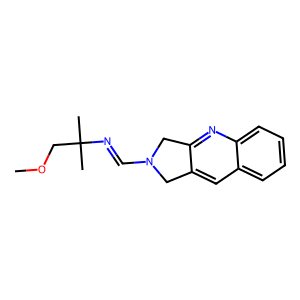
SMILES: COCC(C)(C)N=CN1Cc2cc3ccccc3nc2C1
Inhibits HIV replication: No